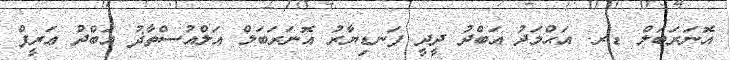
އޮނަރަބަލް ޑރ. އަޙްމަދު ޢަބްދު ދީދީ ފަނޑިޔާރު އޮނަރަބަލް އަލްއުސްތާޛު ޢަބްދު ޢަރީފް